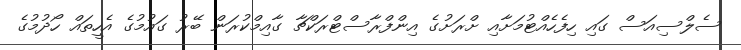
ސެލްސިއަސް ގައި ހިފެހެއްޓުމަށާއި ށްރަށުގެ އިންފްރާސްޓްރަކްޗާ ގާއިމްކުރަން ބޭރު ގައުމުގެ އެހީތައް ހޯދުމުގެ